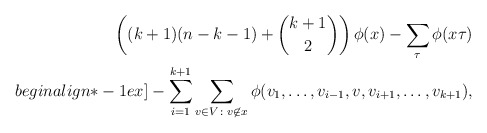
\begin{align*} \left((k+1)(n-k-1) + {k+1 \choose 2}\right) \phi(x) - \sum_{\tau}\phi(x\tau) \\begin{align*}-1ex] -\sum_{i=1}^{k+1}\sum_{v\in V \colon v \not \in x}\phi(v_1,\ldots,v_{i-1},v,v_{i+1},\ldots,v_{k+1}),\end{align*}